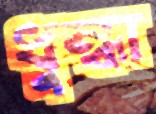
ধুন্ধা